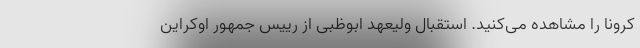
کرونا را مشاهده می‌کنید. استقبال ولیعهد ابوظبی از رییس جمهور اوکراین